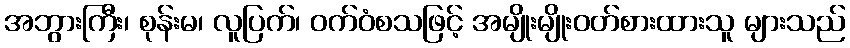
အဘွားကြီး၊ စုန်းမ၊ လူပြက်၊ ဝက်ဝံစသဖြင့် အမျိုးမျိုးဝတ်စားထားသူ များသည်